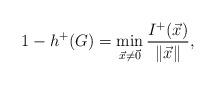
LaTeX: \begin{align*}1-h^+(G)=\min\limits_{\vec x\ne \vec 0}\frac{I^+(\vec x)}{\| \vec x\| },\end{align*}